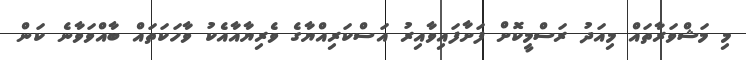
މި މަޝްވަރާތައް މިއަދު ރަސްމީކޮށް ފަށާފައިވާއިރު އަސްކަރިއްޔާގެ ވެރިޔާއާއެކު ވާހަކަތައް ބާއްވަވާނެ ކަން